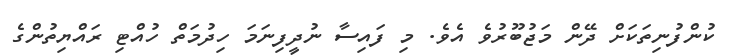
ކުންފުނިތަކަށް ދޭން މަޖުބޫރުވެ އެވެ. މި ފައިސާ ނުދީފިނަމަ ހިދުމަތް ހުއްޓި ރައްޔިތުންގެ